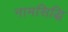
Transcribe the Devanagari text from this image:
नामसिद्धि